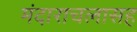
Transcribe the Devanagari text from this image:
मंदाराचलासह